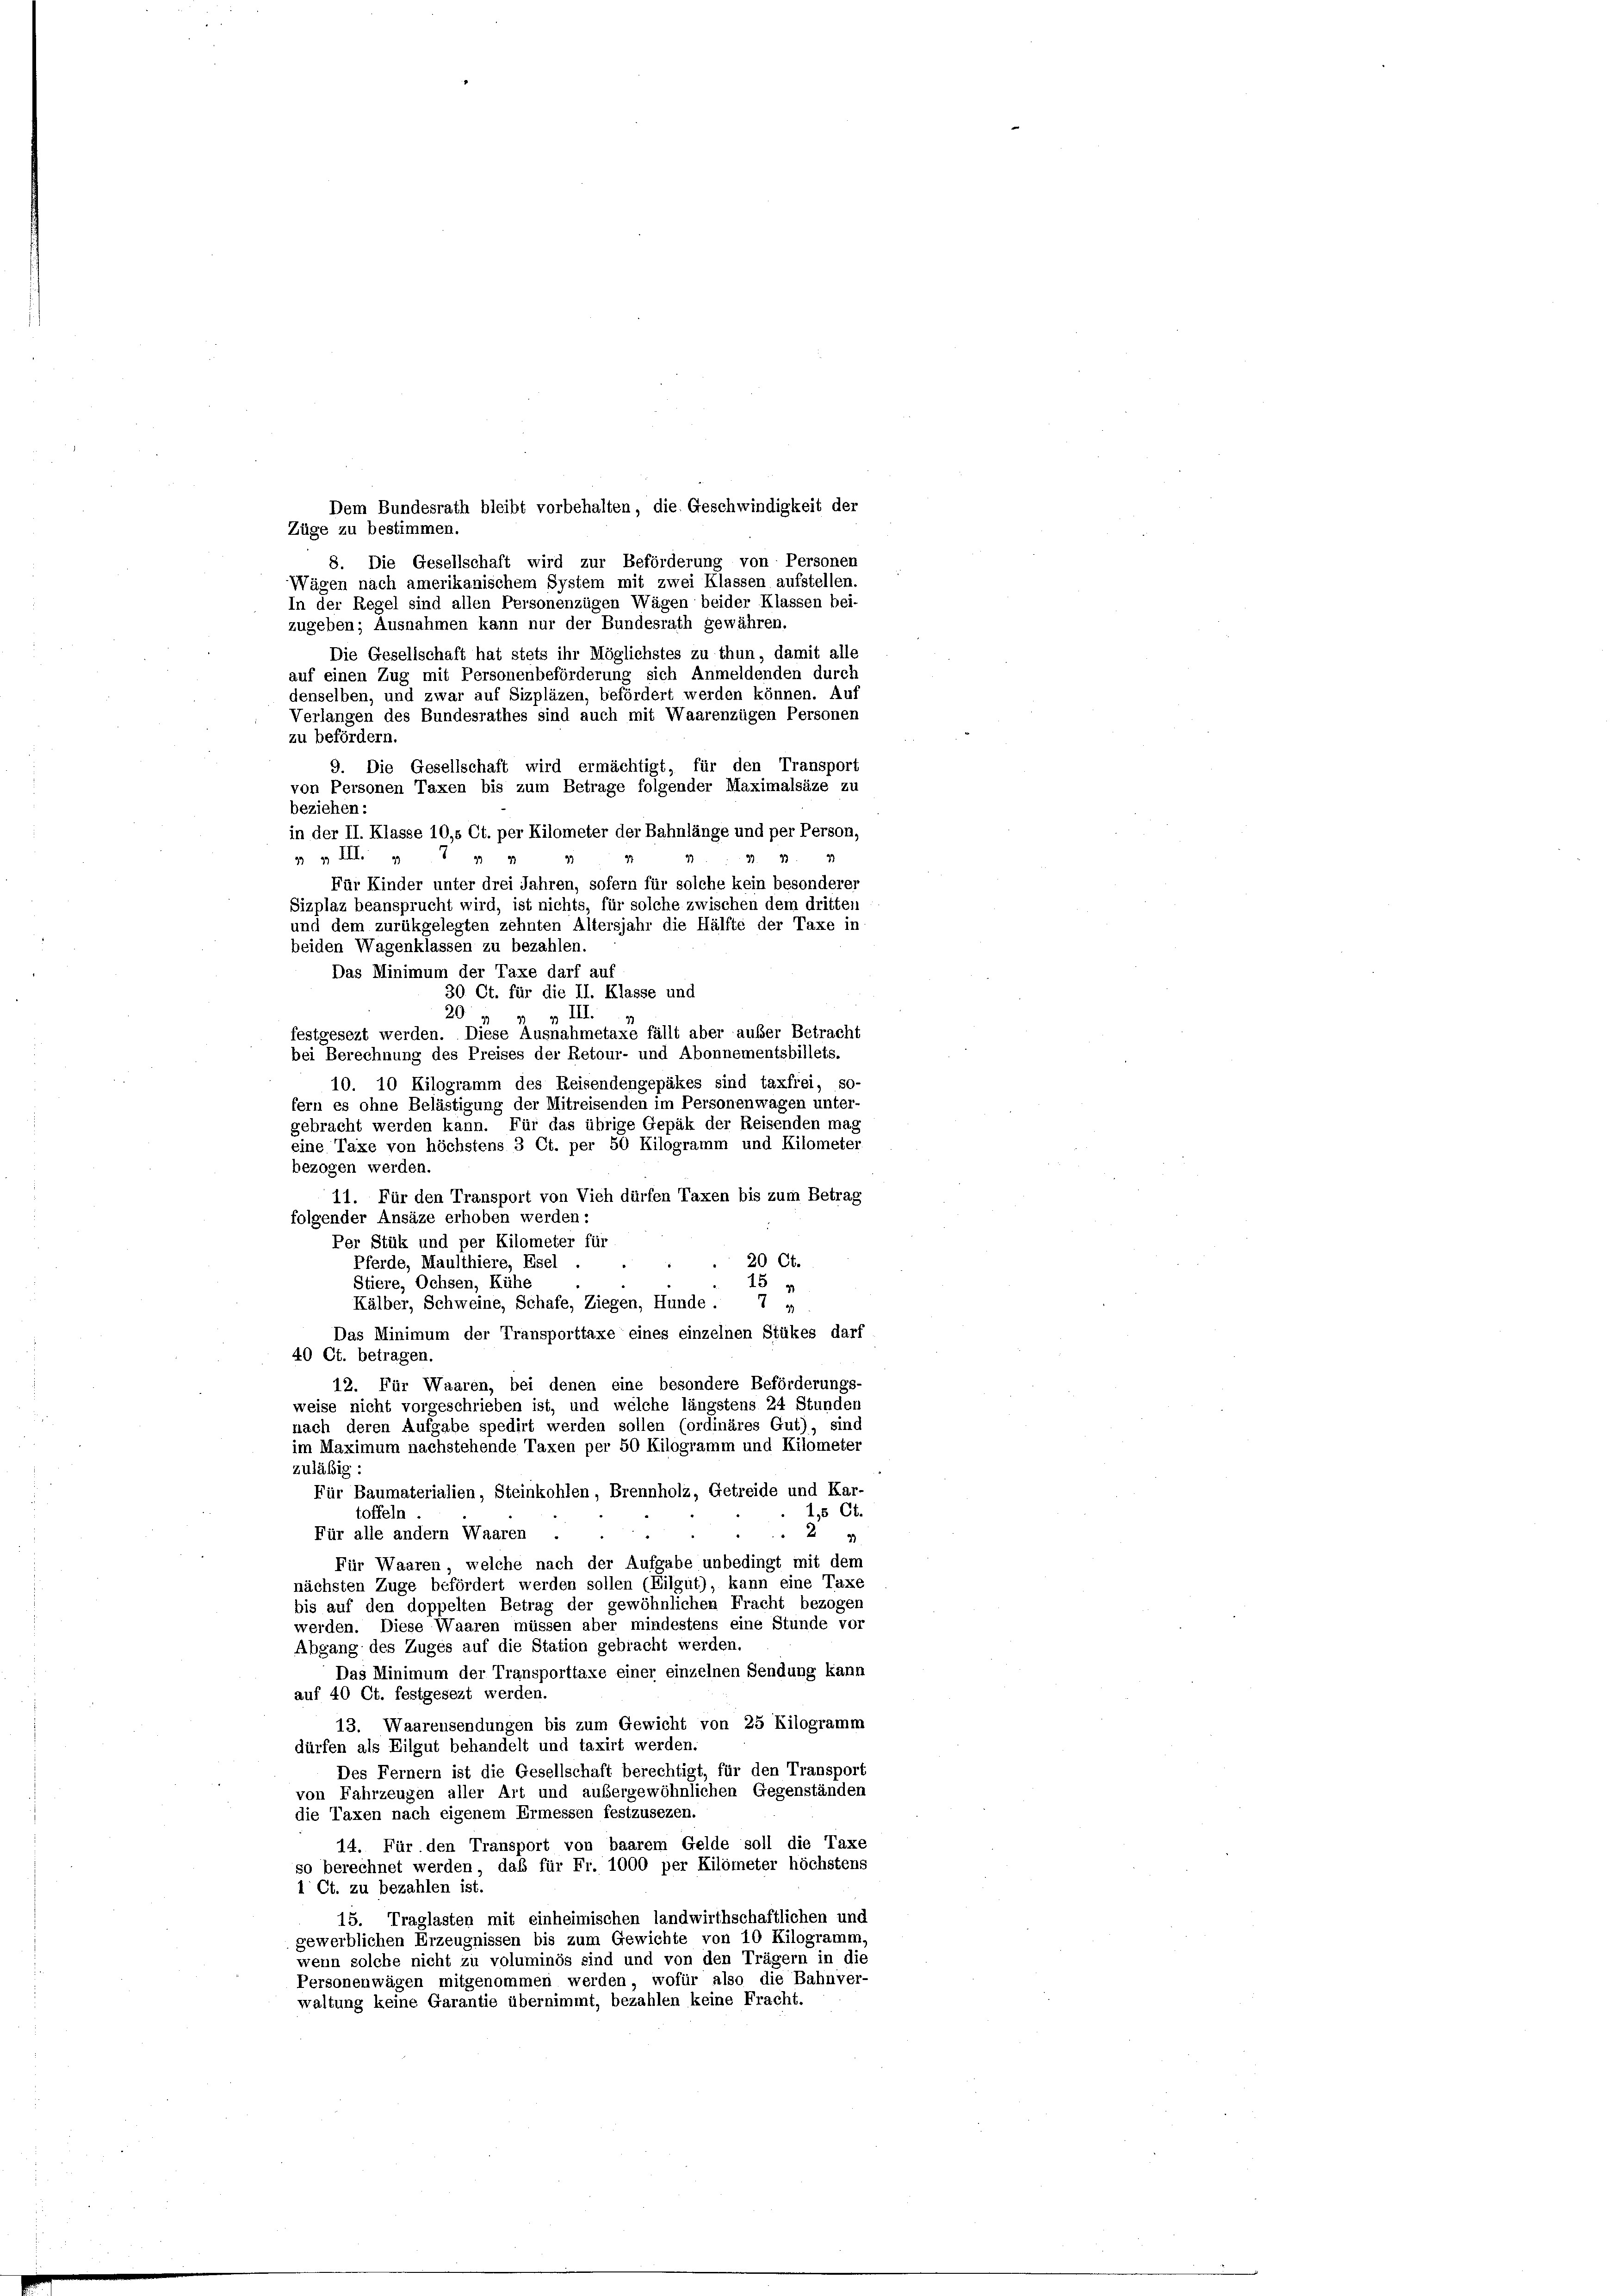
Dem Bundesrath bleibt vorbehalten, die Geschwindigkeit der
Züge zu bestimmen.
8. Die Gesellschaft wird zur Beförderung von Personen
Wägen nach amerikanischem System mit zwei Klassen aufstellen.
In der Regel sind allen Personenzügen Wägen beider Klassen bei-
zugeben; Ausnahmen kann nur der Bundesrath gewähren.
Die Gesellschaft hat stets ihr Möglichstes zu thun, damit alle
auf einen Zug mit Personenbeförderung sich Anmeldenden durch
denselben, und zwar auf Sizpläzen, befördert werden können. Auf
Verlangen des Bundesrathes sind auch mit Waarenzügen Personen
zu befördern.
9. Die Gesellschaft wird ermächtigt, für den Transport
von Personen Taxen bis zum Betrage folgender Maximalsäze zu
beziehen:
in der II. Klasse 10,5 Ct. per Kilometer der Bahnlänge und per Person,
 v III.
99
Für Kinder unter drei Jahren, sofern für solche kein besonderer
Sizplaz beansprucht wird, ist nichts, für solche zwischen dem dritten
und dem zurükgelegten zehnten Altersjahr die Hälfte der Taxe in
beiden Wagenklassen zu bezahlen.
Das Minimum der Taxe darf auf
30 Ct. für die II. Klasse und
20
» III.
festgesezt werden. Diese Ausnahmetaxe fällt aber außer Betracht
bei Berechnung des Preises der Retour- und Abonnementsbillets.
10. 10 Kilogramm des Reisendengepäkes sind taxfrei, so-
fern es ohne Belästigung der Mitreisenden im Personenwagen unter-
gebracht werden kann. Für das übrige Gepäk der Reisenden mag
eine Taxe von höchstens 3 Ct. per 50 Kilogramm und Kilometer
bezogen werden.
11. Für den Transport von Vieh dürfen Taxen bis zum Betrag
folgender Ansäze erhoben werden:
Per Stük und per Kilometer für
20 Ct.
Pferde, Maulthiere, Esel
Stiere, Ochsen, Kühe
15
Kälber, Schweine, Schafe, Ziegen, Hunde . 7 »
Das Minimum der Transporttaxe eines einzelnen Stükes darf
40 Ct. betragen.
12. Für Waaren, bei denen eine besondere Beförderungs-
weise nicht vorgeschrieben ist, und welche längstens 24 Stunden
nach deren Aufgabe spedirt werden sollen (ordinäres Gut), sind
im Maximum nachstehende Taxen per 50 Kilogramm und Kilometer
zuläßig :
Für Baumaterialien, Steinkohlen, Brennholz, Getreide und Kar-
15 Ct.
toffeln
Für alle andern Waaren
24
Für Waaren, welche nach der Aufgabe unbedingt mit dem
nächsten Zuge befördert werden sollen (Eilgut), kann eine Taxe
bis auf den doppelten Betrag der gewöhnlichen Fracht bezogen
werden. Diese Waaren müssen aber mindestens eine Stunde vor
Abgang des Zuges auf die Station gebracht werden.
Das Minimum der Transporttaxe einer einzelnen Sendung kann
auf 40 Ct. festgesezt werden.
13. Waarensendungen bis zum Gewicht von 25 Kilogramm
dürfen als Eilgut behandelt und taxirt werden.
Des Fernern ist die Gesellschaft berechtigt, für den Transport
von Fahrzeugen aller Art und außergewöhnlichen Gegenständen
die Taxen nach eigenem Ermessen festzusezen.
14. Für den Transport von baarem Gelde soll die Taxe
so berechnet werden, das für Fr. 1000 per Kilometer höchstens
1 Ct. zu bezahlen ist.
15. Traglasten mit einheimischen landwirthschaftlichen und
geweiblichen Erzeugnissen bis zum Gewichte von 10 Kilogramm
wenn solche nicht zu voluminös sind und von den Trägern in die
Personenwägen mitgenommen werden, wofür also die Bahnver-
waltung keine Garantie übernimmt, bezahlen keine Fracht.